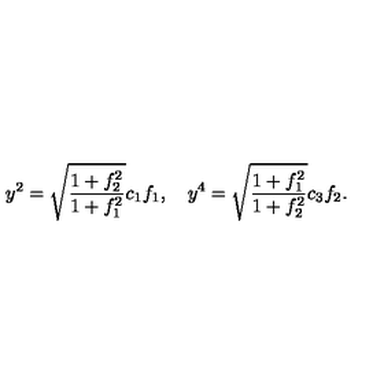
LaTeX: y ^ { 2 } = \sqrt { \frac { 1 + f _ { 2 } ^ { 2 } } { 1 + f _ { 1 } ^ { 2 } } } c _ { 1 } f _ { 1 } , \quad y ^ { 4 } = \sqrt { \frac { 1 + f _ { 1 } ^ { 2 } } { 1 + f _ { 2 } ^ { 2 } } } c _ { 3 } f _ { 2 } .